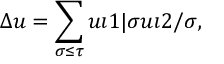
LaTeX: \Delta u = \sum _ { \sigma \leq \tau } u \i 1 | \sigma \o u \i 2 / \sigma ,